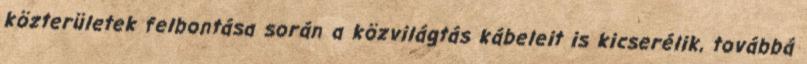
közterületek felbontása során a közvilágtás kábeleit is kicserélik, továbbá